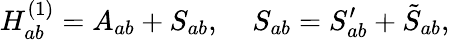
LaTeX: H_{ab}^{(1)}=A_{ab}+S_{ab},\; \; \; \; S_{ab}=S_{ab}^{\prime}+\tilde{S}_{ab},